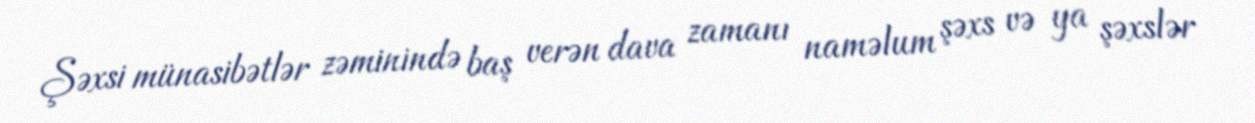
Şəxsi münasibətlər zəminində baş verən dava zamanı naməlum şəxs və ya şəxslər